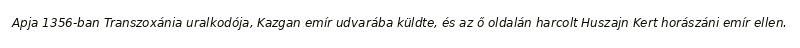
Apja 1356-ban Transzoxánia uralkodója, Kazgan emír udvarába küldte, és az ő oldalán harcolt Huszajn Kert horászáni emír ellen.